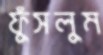
ফুঁসলুম